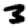
Digit: 3